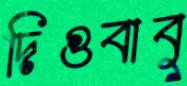
দিগুবাবু